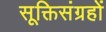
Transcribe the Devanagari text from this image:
सूक्तिसंग्रहों